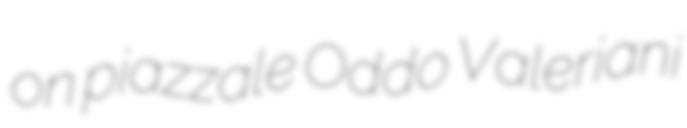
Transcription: on piazzale Oddo Valeriani